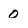
Character: 0